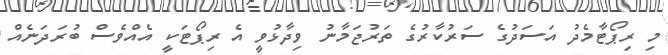
މި ރިޕޯޓާމެދު އަސަދުގެ ސަރުކާރުގެ ތަރުޖަމާނު ވިދާޅުވީ އެ ރިޕޯޓަކީ އެއްވެސް ބުރަދަނެއް